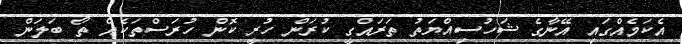
އެކަމެއްގައި އޭނާގެ ޝަހުސިއްޔަތު ތަރައްގީ ކުރަން ހުރީ ކޮން ހުރަސްތަކެއް ތޯ ބަލަން